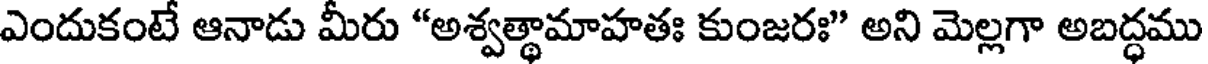
ఎందుకంటే ఆనాడు మీరు "అశ్వత్థామాహతః కుంజరః" అని మెల్లగా అబద్ధము